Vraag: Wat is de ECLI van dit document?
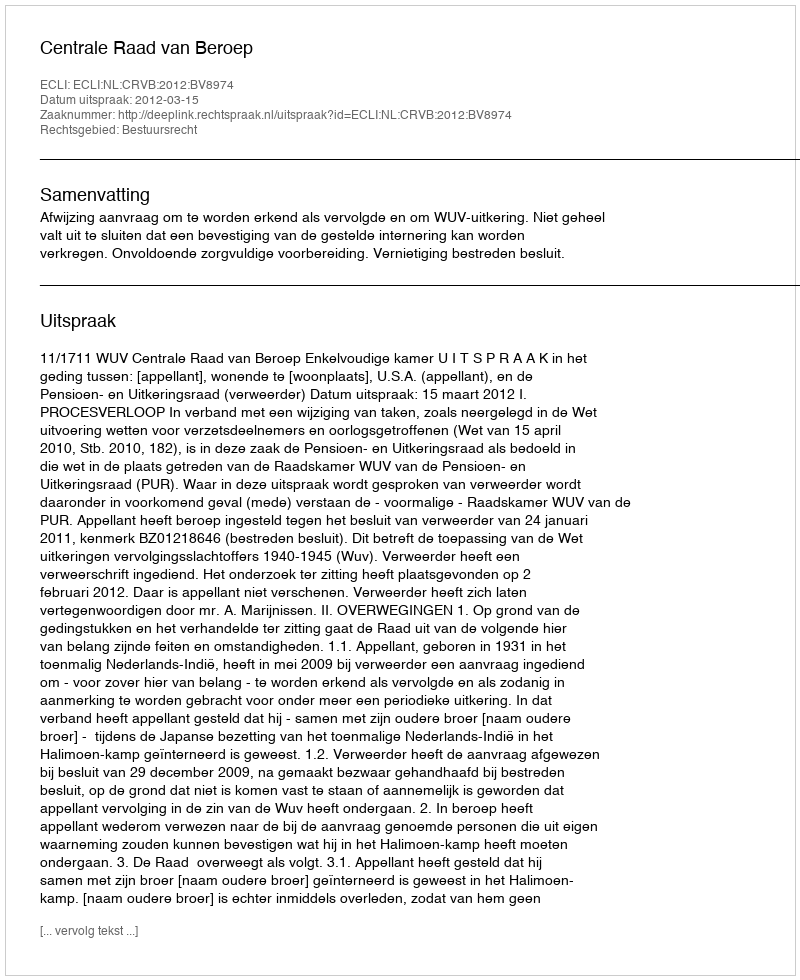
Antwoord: ECLI:NL:CRVB:2012:BV8974